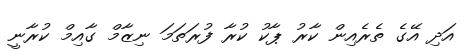
އަދި އޭގެ ތެރެއިން ކާރު ޕާކު ކުރާ ފުރަތަމަ ނިޒާމް ގާއިމް ކުރާނީ